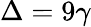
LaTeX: \Delta=9\gamma